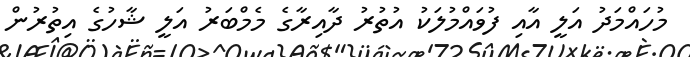
މުހައްމަދު އަލީ އާއި ފުވައްމުލަކު އުތުރު ދާއިރާގެ މެމްބަރު އަލީ ޝާހުގެ އިތުރުން